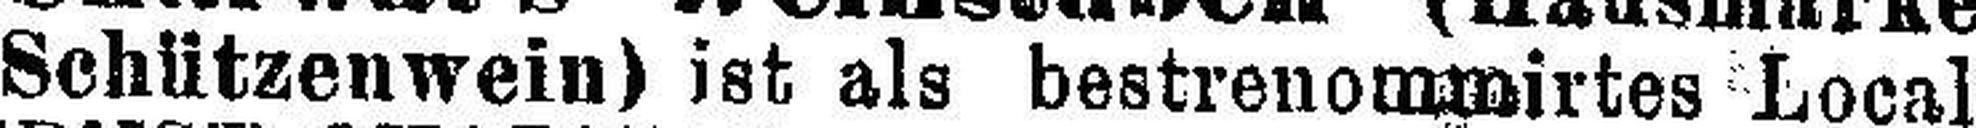
Schützenwein) ist als bestrenommirtes Local